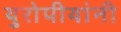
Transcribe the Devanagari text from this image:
युरोपीयांनी